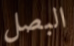
البصل